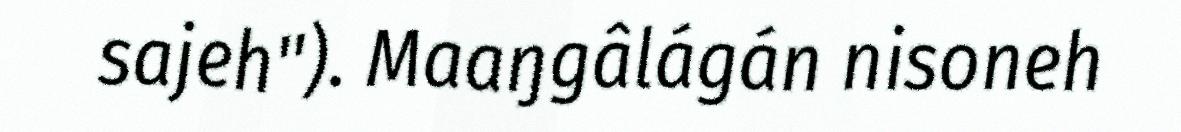
sajeh"). Maaŋgâlágán nisoneh